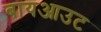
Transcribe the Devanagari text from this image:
बायआउट